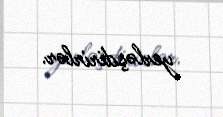
yerləşdirirlər.